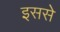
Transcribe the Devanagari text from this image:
इससेे